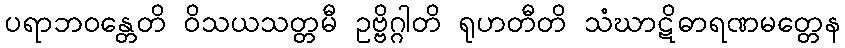
ပရာဘဝန္တေတိ ဝိသယသတ္တမီ ဥဗ္ဗိဂ္ဂါတိ ရုဟတီတိ သံဃာဋိဓာရဏမတ္တေန